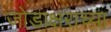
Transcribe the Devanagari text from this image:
जोडाक्षराच्या